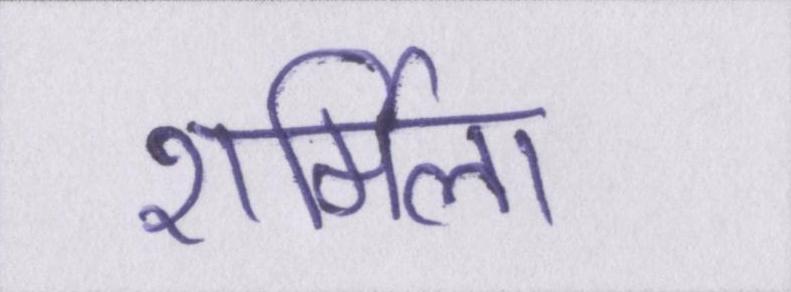
शर्मिला